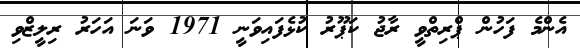
އެންމެ ފަހުން ޕްރިތްވީ ރާޖު ކަޕޫރު ކުޅެފައިވަނީ 1971 ވަނަ އަހަރު ރިލީޒްވި